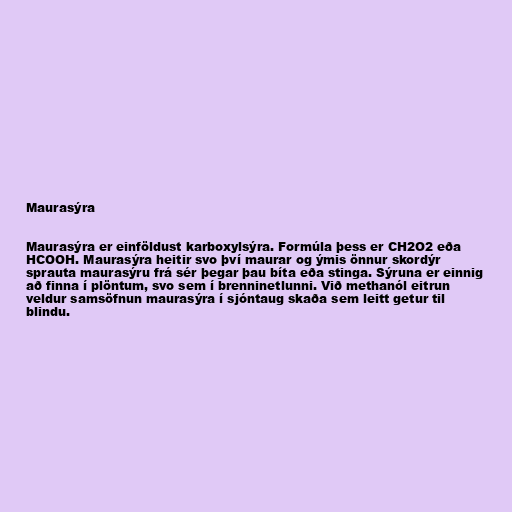
Maurasýra

Maurasýra er einföldust karboxylsýra. Formúla þess er CH2O2 eða
HCOOH. Maurasýra heitir svo því maurar og ýmis önnur skordýr
sprauta maurasýru frá sér þegar þau bíta eða stinga. Sýruna er einnig
að finna í plöntum, svo sem í brenninetlunni. Við methanól eitrun
veldur samsöfnun maurasýra í sjóntaug skaða sem leitt getur til
blindu.